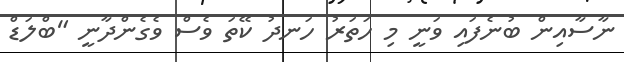
ނާސާއިން ބުނެފައި ވަނީ މި ހަތަރު ހަނދު ކޭތަ ވެސް ވެގެންދާނީ "ބްލަޑް